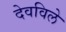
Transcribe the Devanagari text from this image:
देवविले